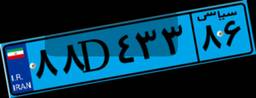
۰۹D۳۱۷۱۷